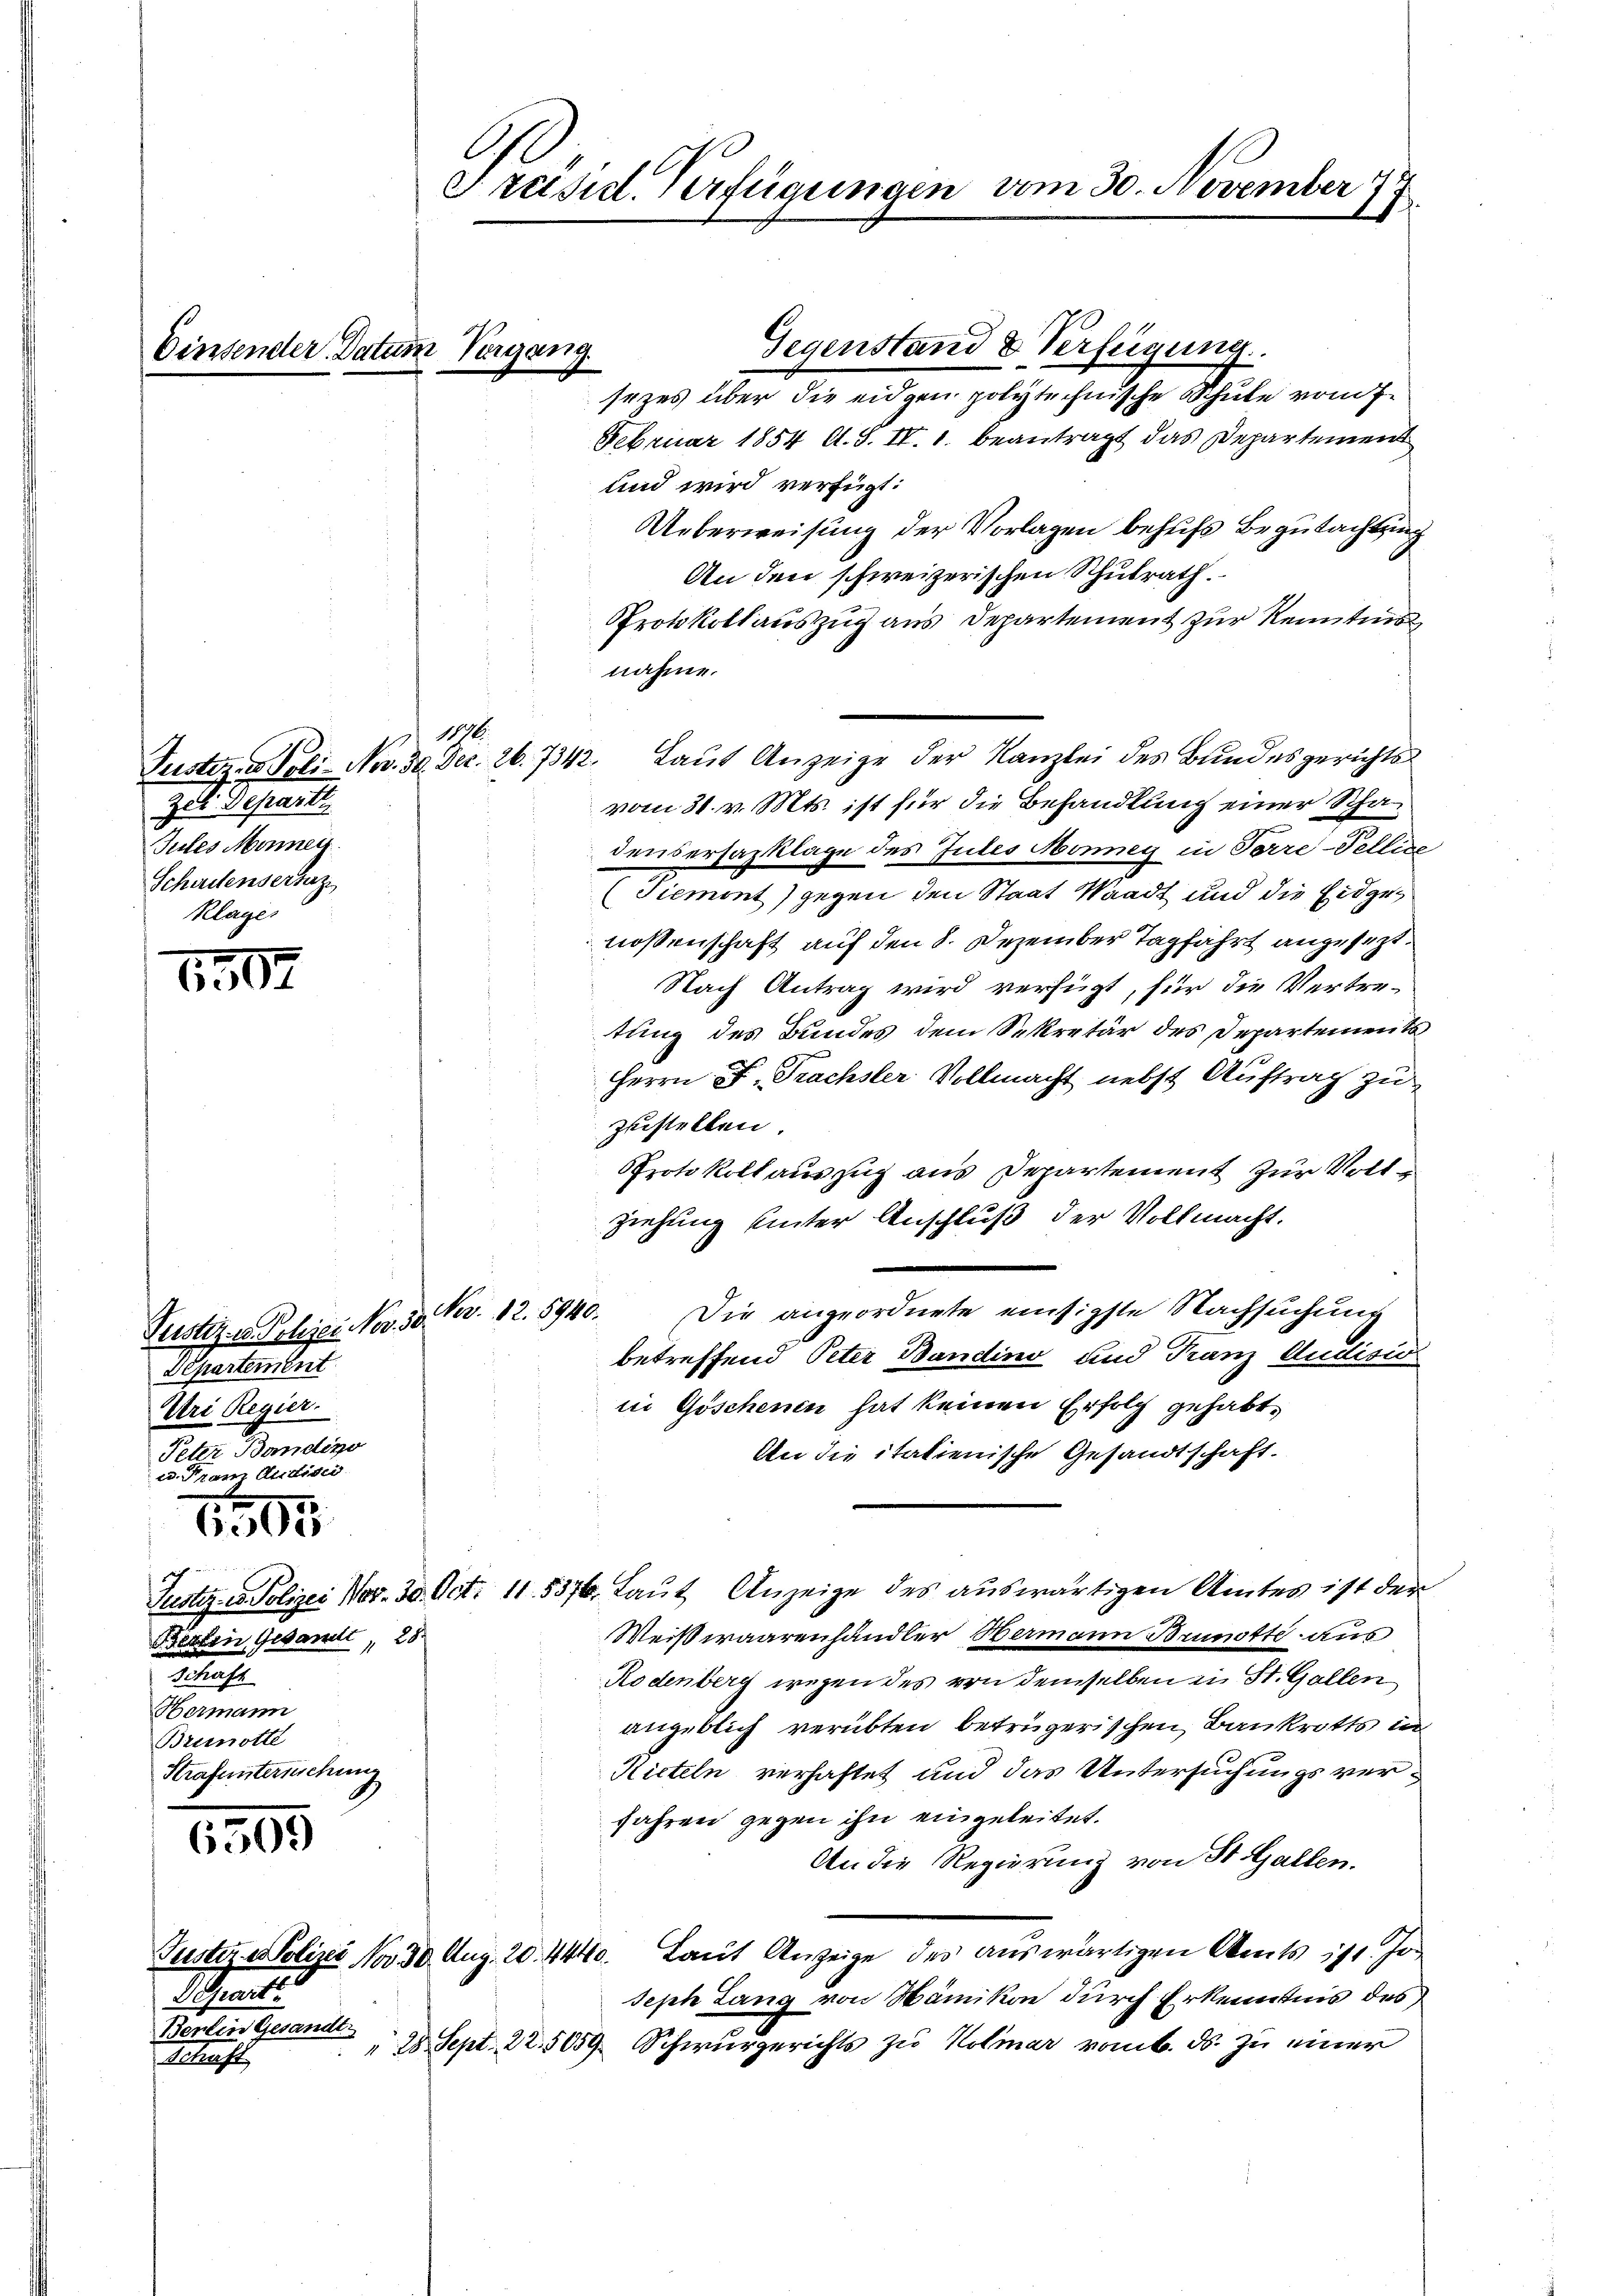
Einsender Datum Vergang.

1507

e. Tram Audisci
1505

6309

Separt
Berlin Gesandt.
Schaft,

1
Zei Departe
Jules Menner
Scheitensertaz
Klages

Gegenstand & Verfügung.
sezes über die eidgen polytechnische Schule vom 7.
Februar 1854 A. S. IV. 1. beantragt das Departement
und wird verfügt:
Ueberweisung der Vorlagen behufs Begutachtung
An den schweizerischen Schulrath.
Protokollauszug aus Departement zur Kenntnis
nahme.
vom 31. v. Mts. ist für die Behandlung einer Schadensersazklage des Gutes Monnig in Torre-Felline
(Tiement) gegen den Staat Waadt und die Eidgenossenschaft auf den 8. Dezember Tagfahrt angesezt.
Nach Antrag wird verfügt, für die Vertre-
tung des Bundes dem Sekretär des Departements
Herrn F. Trachsler Vollmacht nebst Auftrag zu
zustellen.
Protokoll auszug aus Departement zur Vottziehung unter Anschluß der Vollmacht.
Die angeordnete emsigste Nachsuchung
Nov. 12. 8940.
betreffend Peter Bandino und Franz Audisio
in Göschenen hat keinen Erfolg gehabt,
An die italienische Gesandtschaft.
Justiz- u. Polizei Nor. 30. Oct. 11. 5376. Laut Anzeige des auswärtigen Amtes ist der
Weißwaarenhändler Hermann Brunstte aus
Rodenberg wegen des von demselben in St. Gallen
angeblich verübten betrügerischen Bankrotts in
Kitteln verhaftet und das Untersuchungsver¬
Jahren gegen ihn eingeleitet.
An die Regierung von St. Gallen.
Justiz uolizei No 30. Aug. 20. 4440. Laut Anzeige des auswärtigen Amts ist. Jo
Seph Lang von Nänikon durch Erkenntnis des
" 28 Sept. 22.5059. Schwurgerichts zu Kolmar vom 6. ds. zu einer

Tustiz- u. Polizei Nov. 50
Departement
Uri Regier.
Peter Bandeso
Betten, Gesandt, 28.
ah
Hermann
Brinotte
Strafuntersuchung

Präsid. Verfügungen vom 30. November 177

Tustiz- & Poli- Nov. 30. Dec. 26. 7342. Laut Anzeige der Kanzlei des Bundesgerichts